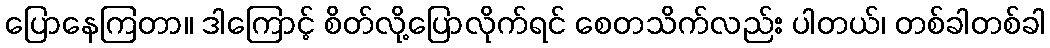
ပြောနေကြတာ။ ဒါကြောင့် စိတ်လို့ပြောလိုက်ရင် စေတသိက်လည်း ပါတယ်၊ တစ်ခါတစ်ခါ